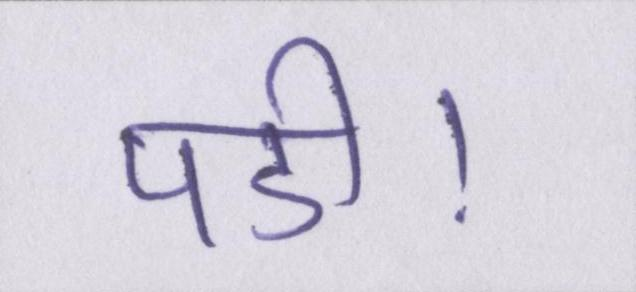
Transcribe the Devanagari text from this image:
पडी।